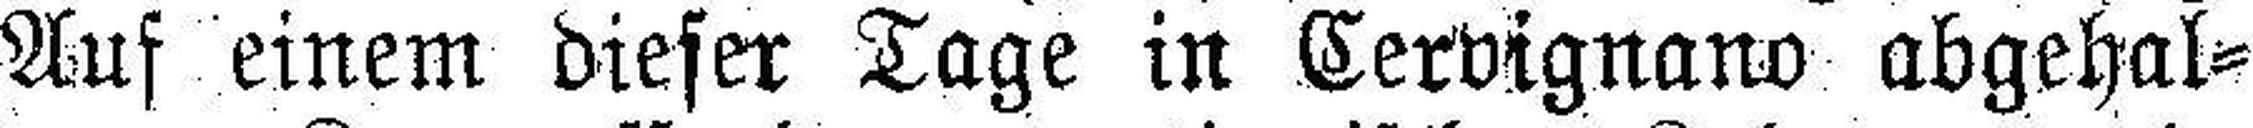
Auf einem dieser Tage in Cervignano abgehal¬